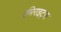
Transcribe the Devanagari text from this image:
एमिराइट्स